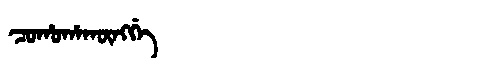
Manchu: ᠴᠣᡥᠣᡥᠠᡴᡡᠩᡤᡝ
Romanization: COHOHAKŪNGGE